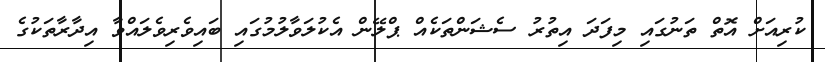
ކުރިއަށް އޮތް ތަނުގައި މިފަދަ އިތުރު ސެޝަންތަކެއް ޕްލޭން އެކުލަވާލުމުގައި ބައިވެރިވެލައްވާ އިދާރާތަކުގެ